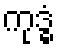
ကုဒ္ဓံ